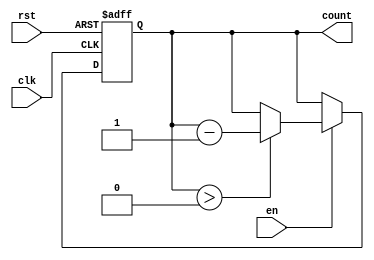
module memory_blocks_down_counter (
    input wire clk,      // Clock input
    input wire rst,      // Asynchronous reset input
    input wire en,       // Enable control input
    output reg [N-1:0] count // Current count output
);
    parameter N = 4;  // Size of the counter, can be changed as needed
    parameter MAX_COUNT = (1 << N) - 1; // Maximum count value

    // Asynchronous reset and counting logic
    always @(posedge clk or posedge rst) begin
        if (rst) begin
            count <= MAX_COUNT; // Reset to maximum value
        end else if (en) begin
            if (count > 0) begin
                count <= count - 1; // Count down if enabled
            end
            // else retain current value if count is 0
        end
        // If en is low, do nothing and retain the current count value
    end
endmodule